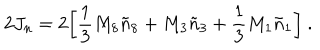
2 J _ { n } = 2 \biggl [ { \frac { 1 } { 3 } } M _ { 8 } { \tilde { n } } _ { 8 } + M _ { 3 } { \tilde { n } } _ { 3 } + { \frac { 1 } { 3 } } M _ { 1 } { \tilde { n } } _ { 1 } \biggr ] \ .